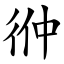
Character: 㣡